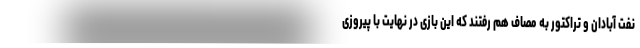
نفت آبادان و تراکتور به مصاف هم رفتند که این بازی در نهایت با پیروزی